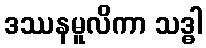
ဒဿနမူလိကာ သဒ္ဓါ